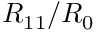
R _ { 1 1 } / R _ { 0 }